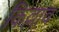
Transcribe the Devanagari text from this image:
किल्लाव